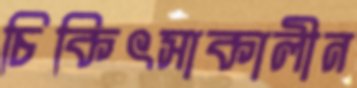
চিকিৎসাকালীন